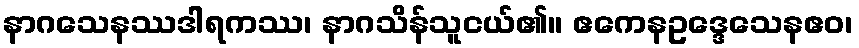
နာဂသေနဿဒါရကဿ၊ နာဂသိန်သူငယ်၏။ ဧကေနဥဒ္ဒေသေနဧဝ၊